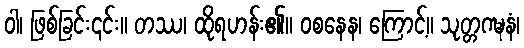
ဝါ၊ ဖြစ်ခြင်း၎င်း။ တဿ၊ ထိုရဟန်း၏။ ဝစနေန၊ ကြောင့်။ သုတ္တဂဍ္ဎနံ၊